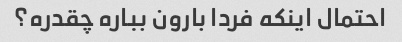
احتمال اینکه فردا بارون بباره چقدره؟